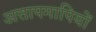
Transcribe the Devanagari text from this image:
अत्तापमापियों